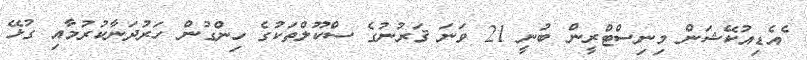
ެއެޑިއުކޭޝަން މިނިސްޓްރީން ބުނީ 21 ވަނަ ޤަރުނުގެ ސްކޫލްތަކުގެ ހިންގުން ހަރުދަނާކުރުމާއި ގުޅޭ